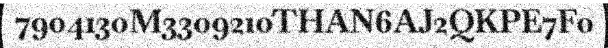
7904130M3309210THAN6AJ2QKPE7F0